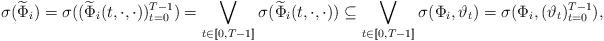
LaTeX: \begin{align*}\sigma(\widetilde \Phi_i)&=\sigma ((\widetilde \Phi_i(t,\cdot,\cdot))_{t=0}^{T-1})=\bigvee_{t \in [\![0,T-1]\!]}\sigma (\widetilde \Phi_i(t,\cdot,\cdot))\subseteq \bigvee_{t \in [\![0,T-1]\!]}\sigma ( \Phi_i,\vartheta_t)=\sigma( \Phi_i,( \vartheta_t)_{ t=0}^{T-1}),\end{align*}